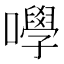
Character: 𡄆